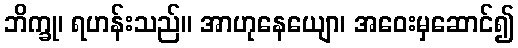
ဘိက္ခု၊ ရဟန်းသည်။ အာဟုနေယျော၊ အဝေးမှဆောင်၍